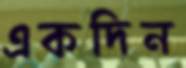
একদিন